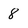
Character: 8